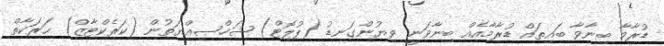
ޑުރާމާ ބިނާވާ ބައިތައް ޑުރާމާއެއް ބިނާވަނީ ވިޔުންގަނޑު (ޕުލޮޓް) ޝަޚްޞިއްޔަތުން (ކަރެކްޓާޒް) ޙަރަކާތް